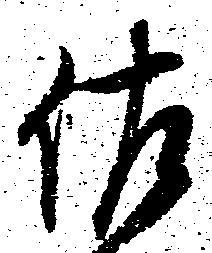
佐